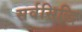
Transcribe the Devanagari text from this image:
सर्वसिद्धि